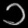
Digit: ၁